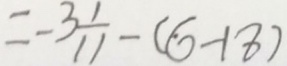
= - 3 \frac { 1 } { 1 1 } - ( 6 - 1 8 )